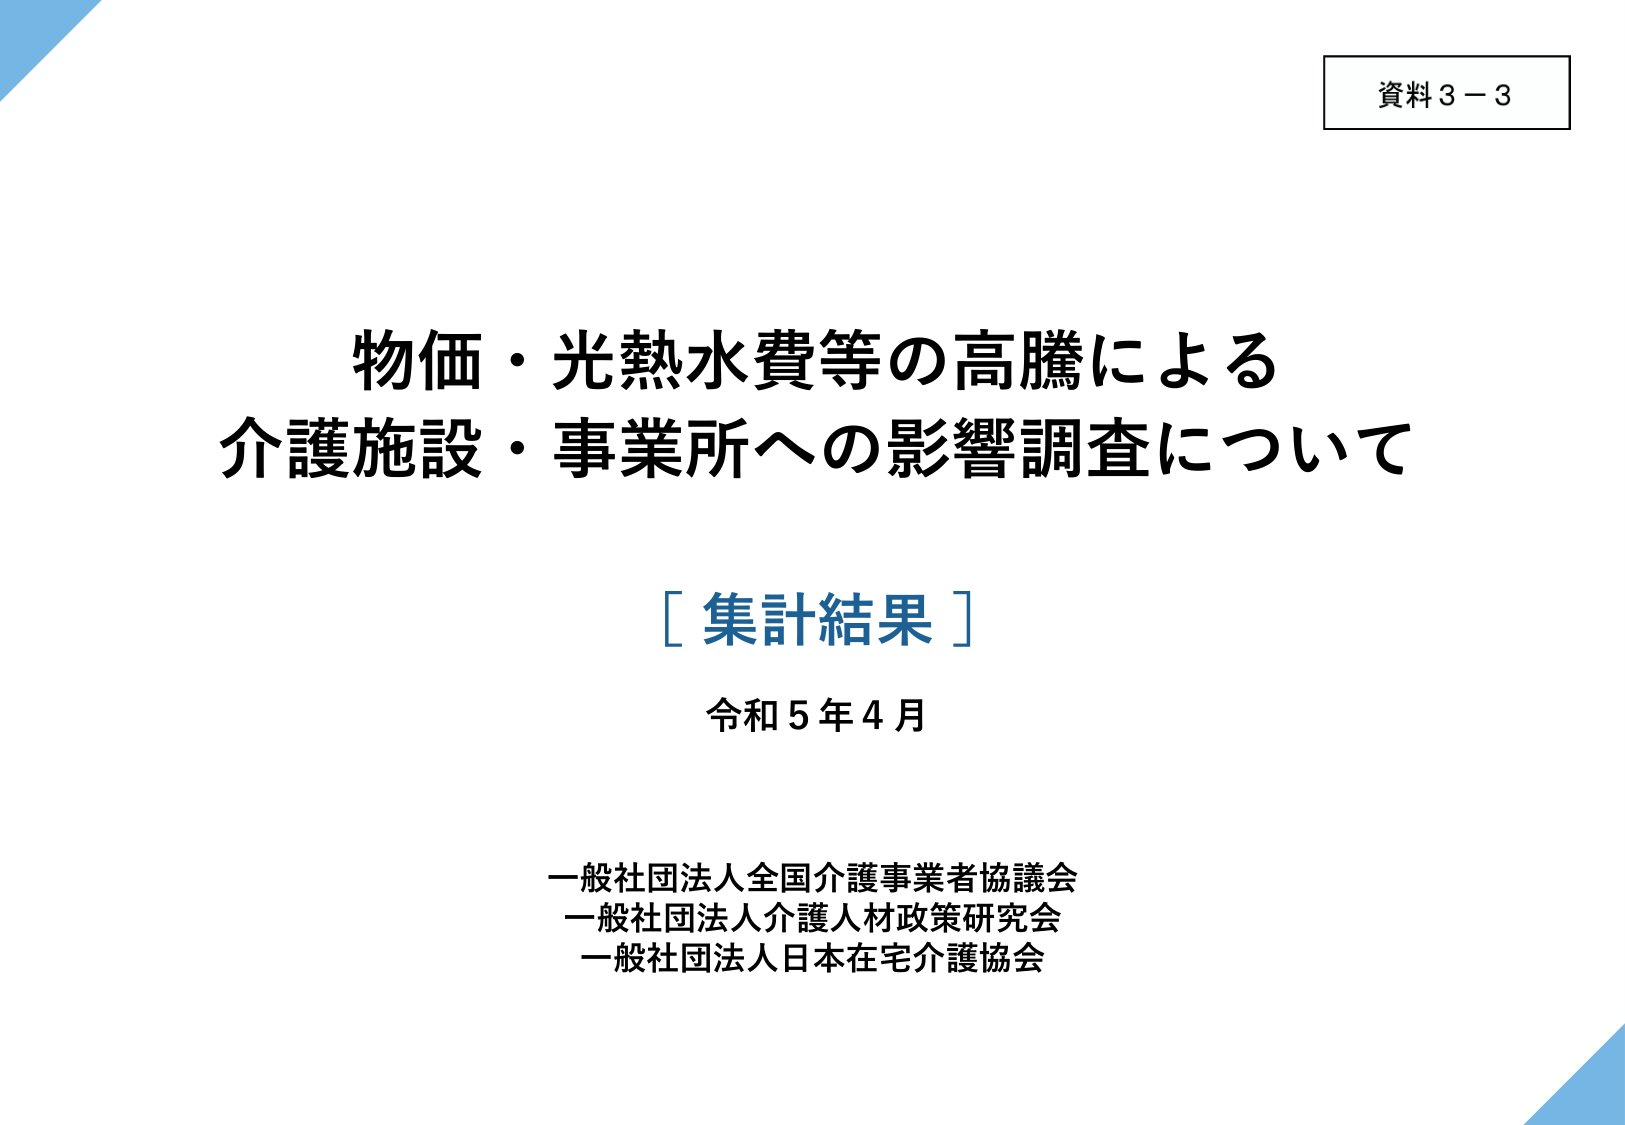
資料３－３

物価・光熱水費等の高騰による
介護施設・事業所への影響調査について

［集計結果］
令和５年４月

一般社団法人全国介護事業者協議会
一般社団法人介護人材政策研究会
一般社団法人日本在宅介護協会